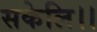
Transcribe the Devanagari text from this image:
सकेलि।।